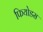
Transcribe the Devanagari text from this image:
फियोडस